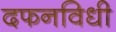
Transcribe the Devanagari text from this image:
दफनविधी